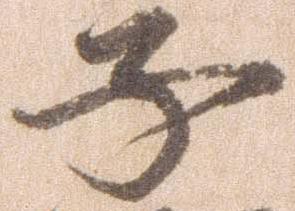
子